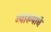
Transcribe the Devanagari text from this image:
व्याख्यांचे